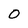
Character: O